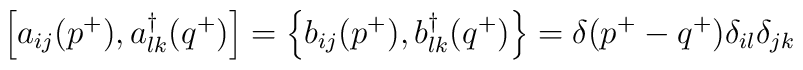
\left[a_{ij}(p^+ ),a^\dagger_{lk}(q^+)\right]=\left\{ b_{ij}(p^+ ),b^\dagger_{lk}(q^+)\right\}=\delta (p^+ -q^+)\delta_{il}\delta_{jk}